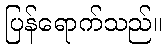
ပြန်ရောက်သည်။